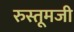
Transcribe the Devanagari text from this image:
रुस्तूमजी